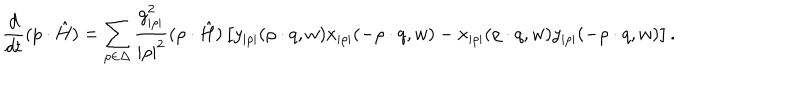
{ \frac { d } { d t } } ( p \cdot \hat { H } ) = \sum _ { \rho \in \Delta } { \frac { g _ { | \rho | } ^ { 2 } } { | \rho | ^ { 2 } } } ( \rho \cdot \hat { H } ) \left[ y _ { | \rho | } ( \rho \cdot q , w ) x _ { | \rho | } ( - \rho \cdot q , w ) - x _ { | \rho | } ( \rho \cdot q , w ) y _ { | \rho | } ( - \rho \cdot q , w ) \right] .